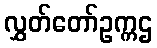
လွှတ်တော်ဥက္ကဌ